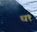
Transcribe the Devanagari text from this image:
ध१